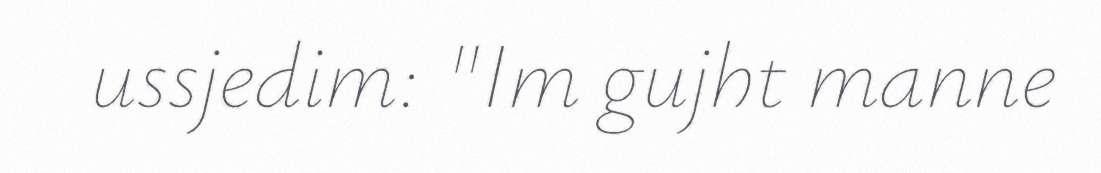
ussjedim: "Im gujht manne